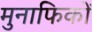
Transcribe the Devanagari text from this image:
मुनाफिकों